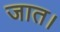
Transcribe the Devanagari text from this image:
जात।